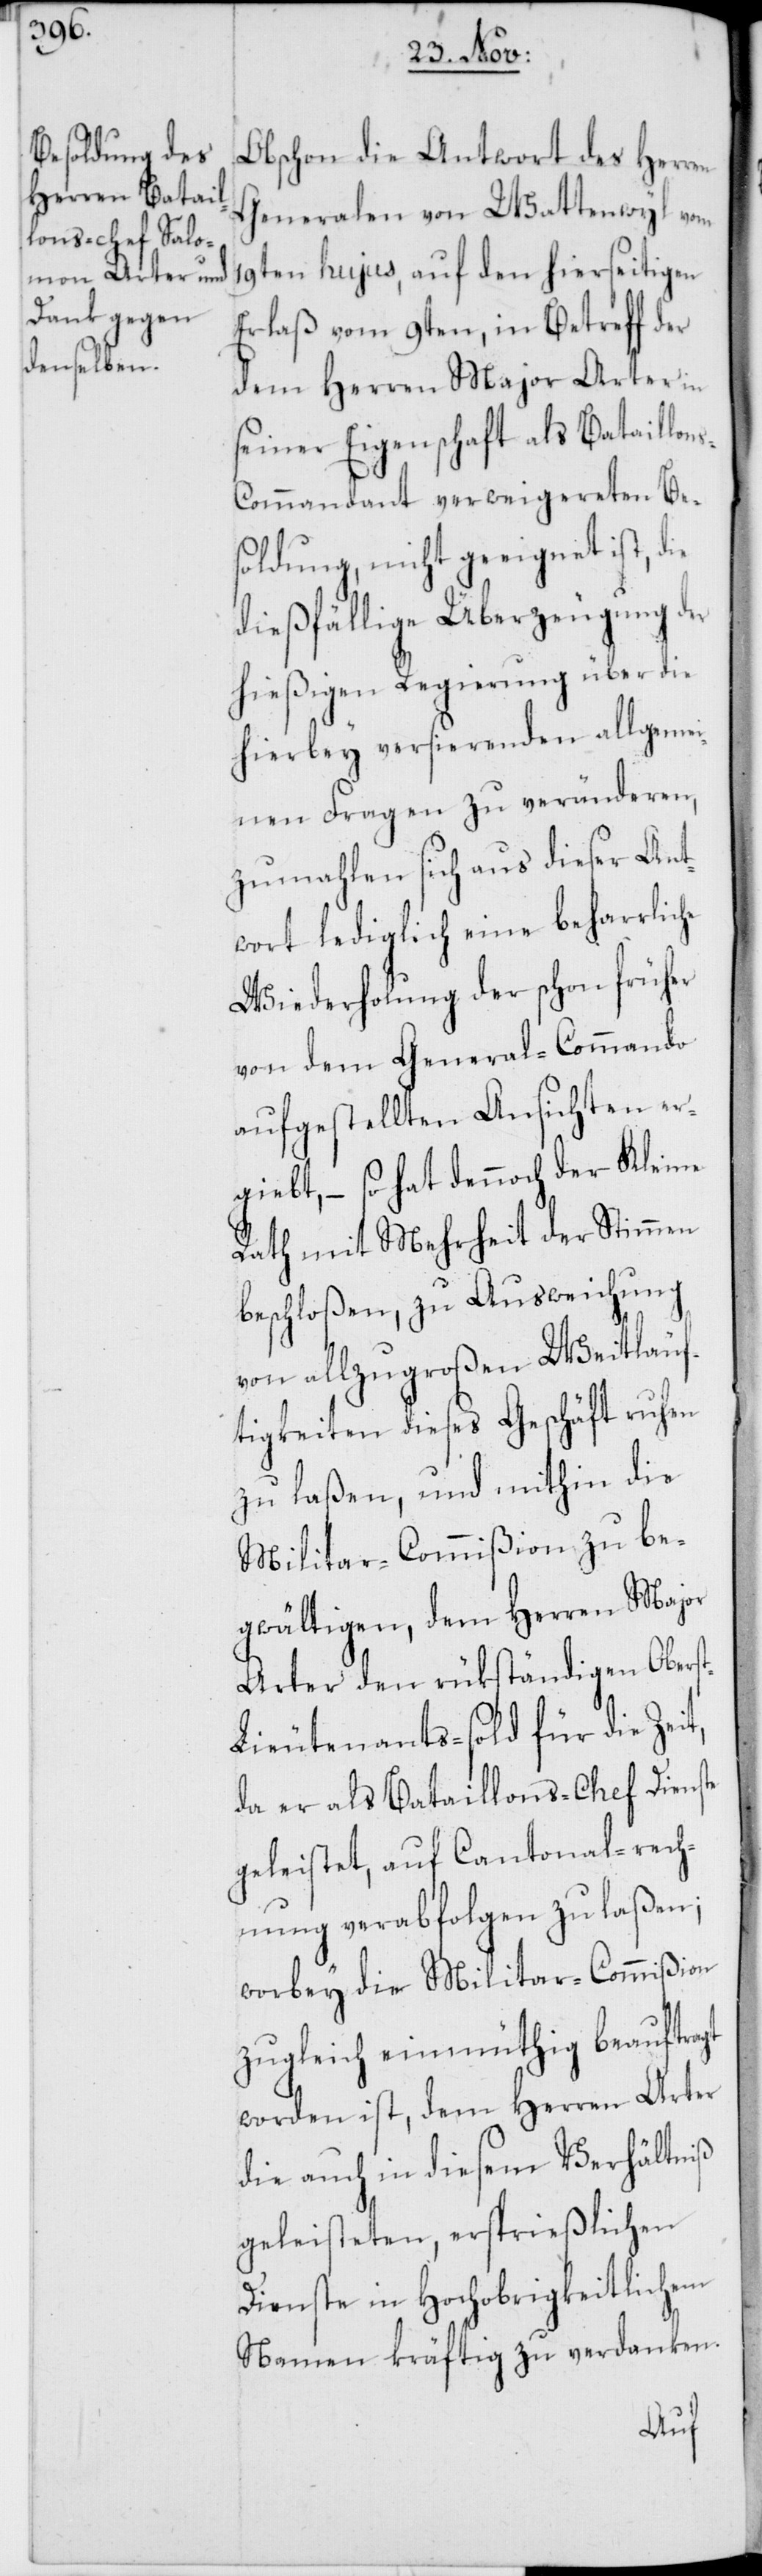
Obschon die Antwort des Herren
Generalen von Wattenwyl vom
19ten hujus, auf den hierseitigen
Erlaß vom 9ten, in Betreff der
dem Herren Major Arter in
seiner Eigenschaft als Bataillon¬
s-Commandant verweigereten Be¬
soldung, nicht geeignet ist, die
dießfällige Überzeugung der
hießigen Regierung über die
hierbey versierenden allgemei¬
nen Fragen zu veränderen,
zumahlen sich aus dieser Ant¬
wort lediglich eine beharrliche
Wiederholung der schon früher
von dem General-Commando
aufgestellten Ansichten er¬
giebt, – so hat dennoch der Kleine
Rath mit Mehrheit der Stimmen
beschloßen, zu Ausweichung
von allzugroßen Weitläuf¬
igkeiten dieses Geschäft ruhen
zu laßen, und mithin die
Militar-Commißion zu be¬
gwältigen, dem Herren Major
Arter den rükständigen Obers¬
ieutenants-sold für die Zeit,
da er als Bataillons-Chef Dienste
geleistet, auf Cantonal-rech¬
nung verabfolgen zu laßen;
worbey die Militar-Commißion
zugleich einmüthig beauftragt
worden ist, dem Herren Arter
die auch in diesem Verhältniß
geleisteten, ersprießlichen
Dienste in Hochobrigkeitlichem
Namen kräftig zu verdanken.
t-L¬